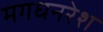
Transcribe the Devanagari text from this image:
मगधनरेश